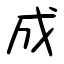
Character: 成